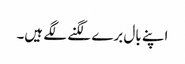
اپنے بال برے لگنے لگے ہیں۔